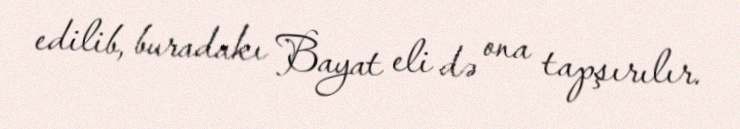
edilib, buradakı Bayat eli də ona tapşırılır.